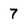
Character: 7